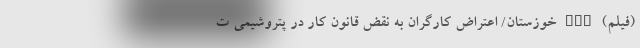
(فیلم) nan خوزستان/ اعتراض کارگران به نقض قانون کار در پتروشیمی ت